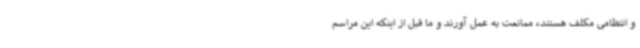
و انتظامی مکلف هستند، ممانعت به عمل آورند و ما قبل از اینکه این مراسم